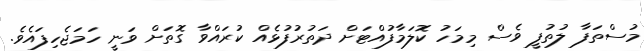
މުސްތަފާ ލުތުފީ ވެސް މިމަހު ކޮލަމާފުއްޓަށް ދަތުރުފުޅެއް ކުރައްވާ ގޮތަށް ވަނީ ހަމަޖެހިފައެވެ.